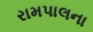
રામપાલના